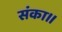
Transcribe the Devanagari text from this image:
संका।।